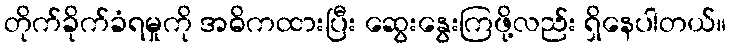
တိုက်ခိုက်ခံရမှုကို အဓိကထားပြီး ဆွေးနွေးကြဖို့လည်း ရှိနေပါတယ်။